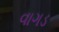
વાગડ